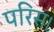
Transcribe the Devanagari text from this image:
परिस।